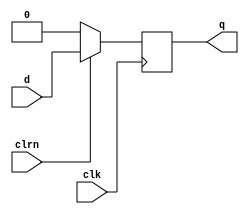
//////////////////////////////////////////////////////////////////////////////////
// Module Name: DFF with sycnhronous reset
// Description: 
// Revision:
// 09.05.2020 -> Revision 0.01 - Created
//////////////////////////////////////////////////////////////////////////////////

`timescale 1ns / 1ps

module d_ff_sync(   
    input       d,
    input       clk,
    input       clrn,   // Clear Active-Low
    output reg  q
);
    
always@(posedge clk) begin
    if(!clrn)   // If clear is asserted, reset 
        q <= 0;
    else        // Else, store d to dff
        q <= d;
end

endmodule